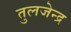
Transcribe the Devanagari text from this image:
तुलजेन्द्र